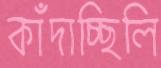
কাঁদাচ্ছিলি